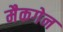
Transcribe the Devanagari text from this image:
मैकगेन